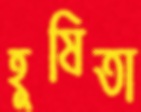
হূষিতা